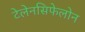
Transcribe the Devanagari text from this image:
टेलेनसिफेलोन